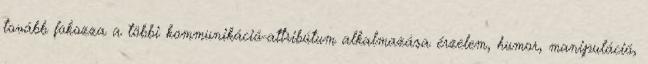
tovább fokozza a többi kommunikáció-attribútum alkalmazása érzelem, humor, manipuláció,